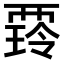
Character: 𧟺